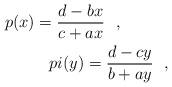
LaTeX: \begin{align*}p(x) = \frac{d-bx}{c+ax}\ \ , \ \ \ \ \ \ \ \ \ \\pi (y) = \frac{d-cy}{b+ay}\ \ ,\end{align*}